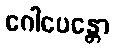
ဂေါပေန္တော